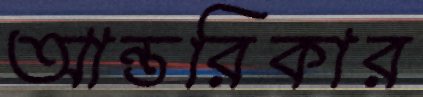
আন্তরিকার